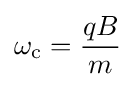
\omega _{\text{c}}={\frac {qB}{m}}